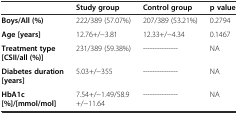
<table><thead><tr><td></td><td><b>Study group</b></td><td><b>Control group</b></td><td><b>p value</b></td></tr></thead><tbody><tr><td><b>Boys/All (%)</b></td><td>222/389 (57.07%)</td><td>207/389 (53.21%)</td><td>0.2794</td></tr><tr><td><b>Age [years]</b></td><td>12.76+/−3.81</td><td>12.33+/−4.34</td><td>0.1467</td></tr><tr><td><b>Treatment type [CSII/all (%)]</b></td><td>231/389 (59.38%)</td><td>---------------</td><td>NA</td></tr><tr><td><b>Diabetes duration [years]</b></td><td>5.03+/−355</td><td>---------------</td><td>NA</td></tr><tr><td><b>HbA1c [%]/[mmol/mol]</b></td><td>7.54+/−1.49/58.9+/−11.64</td><td>---------------</td><td>NA</td></tr></tbody></table>